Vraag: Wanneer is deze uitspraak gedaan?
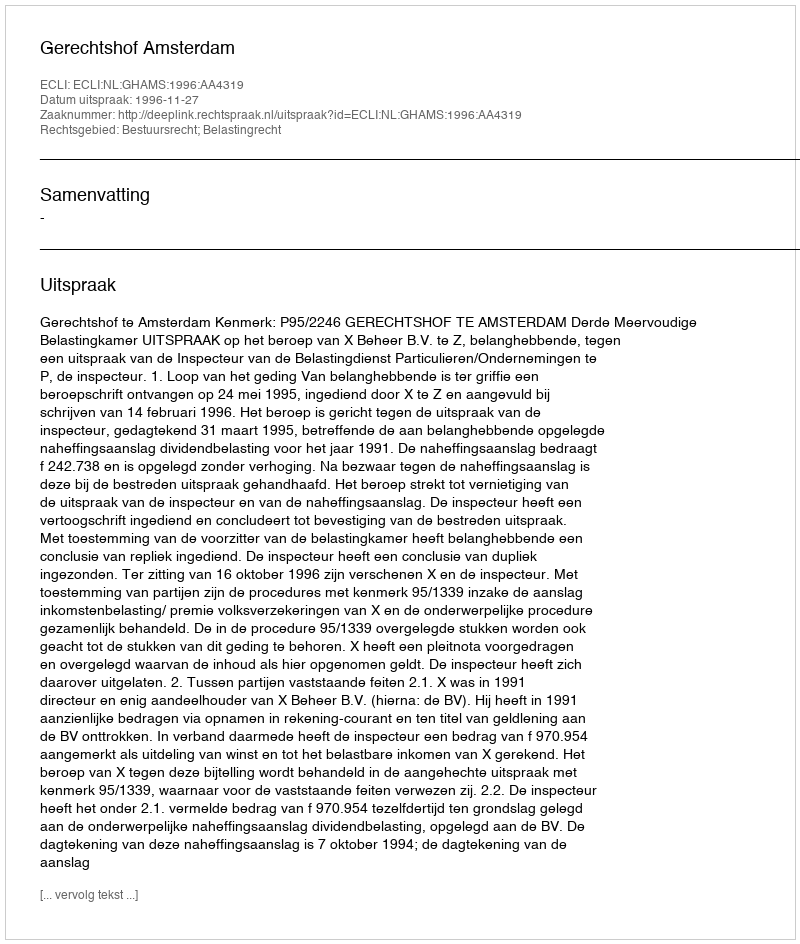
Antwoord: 1996-11-27